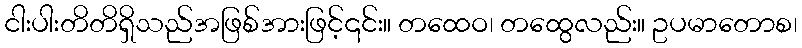
ငါးပါးတိတိရှိသည်အဖြစ်အားဖြင့်၎င်း။ တထေဝ၊ တထွေလည်း။ ဥပမာတောစ၊